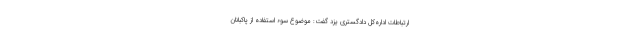
ارتباطات اداره‌کل دادگستری یزد گفت: موضوع سوء استفاده از پاکبانان